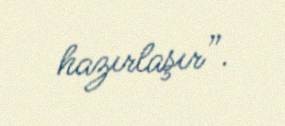
hazırlaşır”.